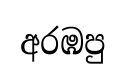
අරඹපු